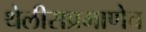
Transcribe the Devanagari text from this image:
थेलीसप्रमाणेच